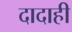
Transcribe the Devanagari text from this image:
दादाही